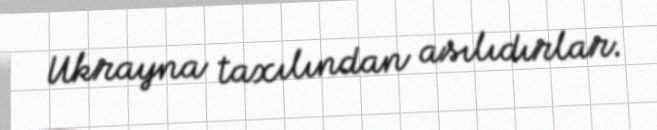
Ukrayna taxılından asılıdırlar.